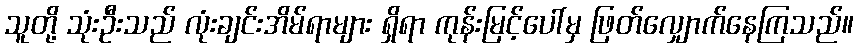
သူတို့ သုံးဦးသည် လုံးချင်းအိမ်ရာများ ရှိရာ ကုန်းမြင့်ပေါ်မှ ဖြတ်လျှောက်နေကြသည်။